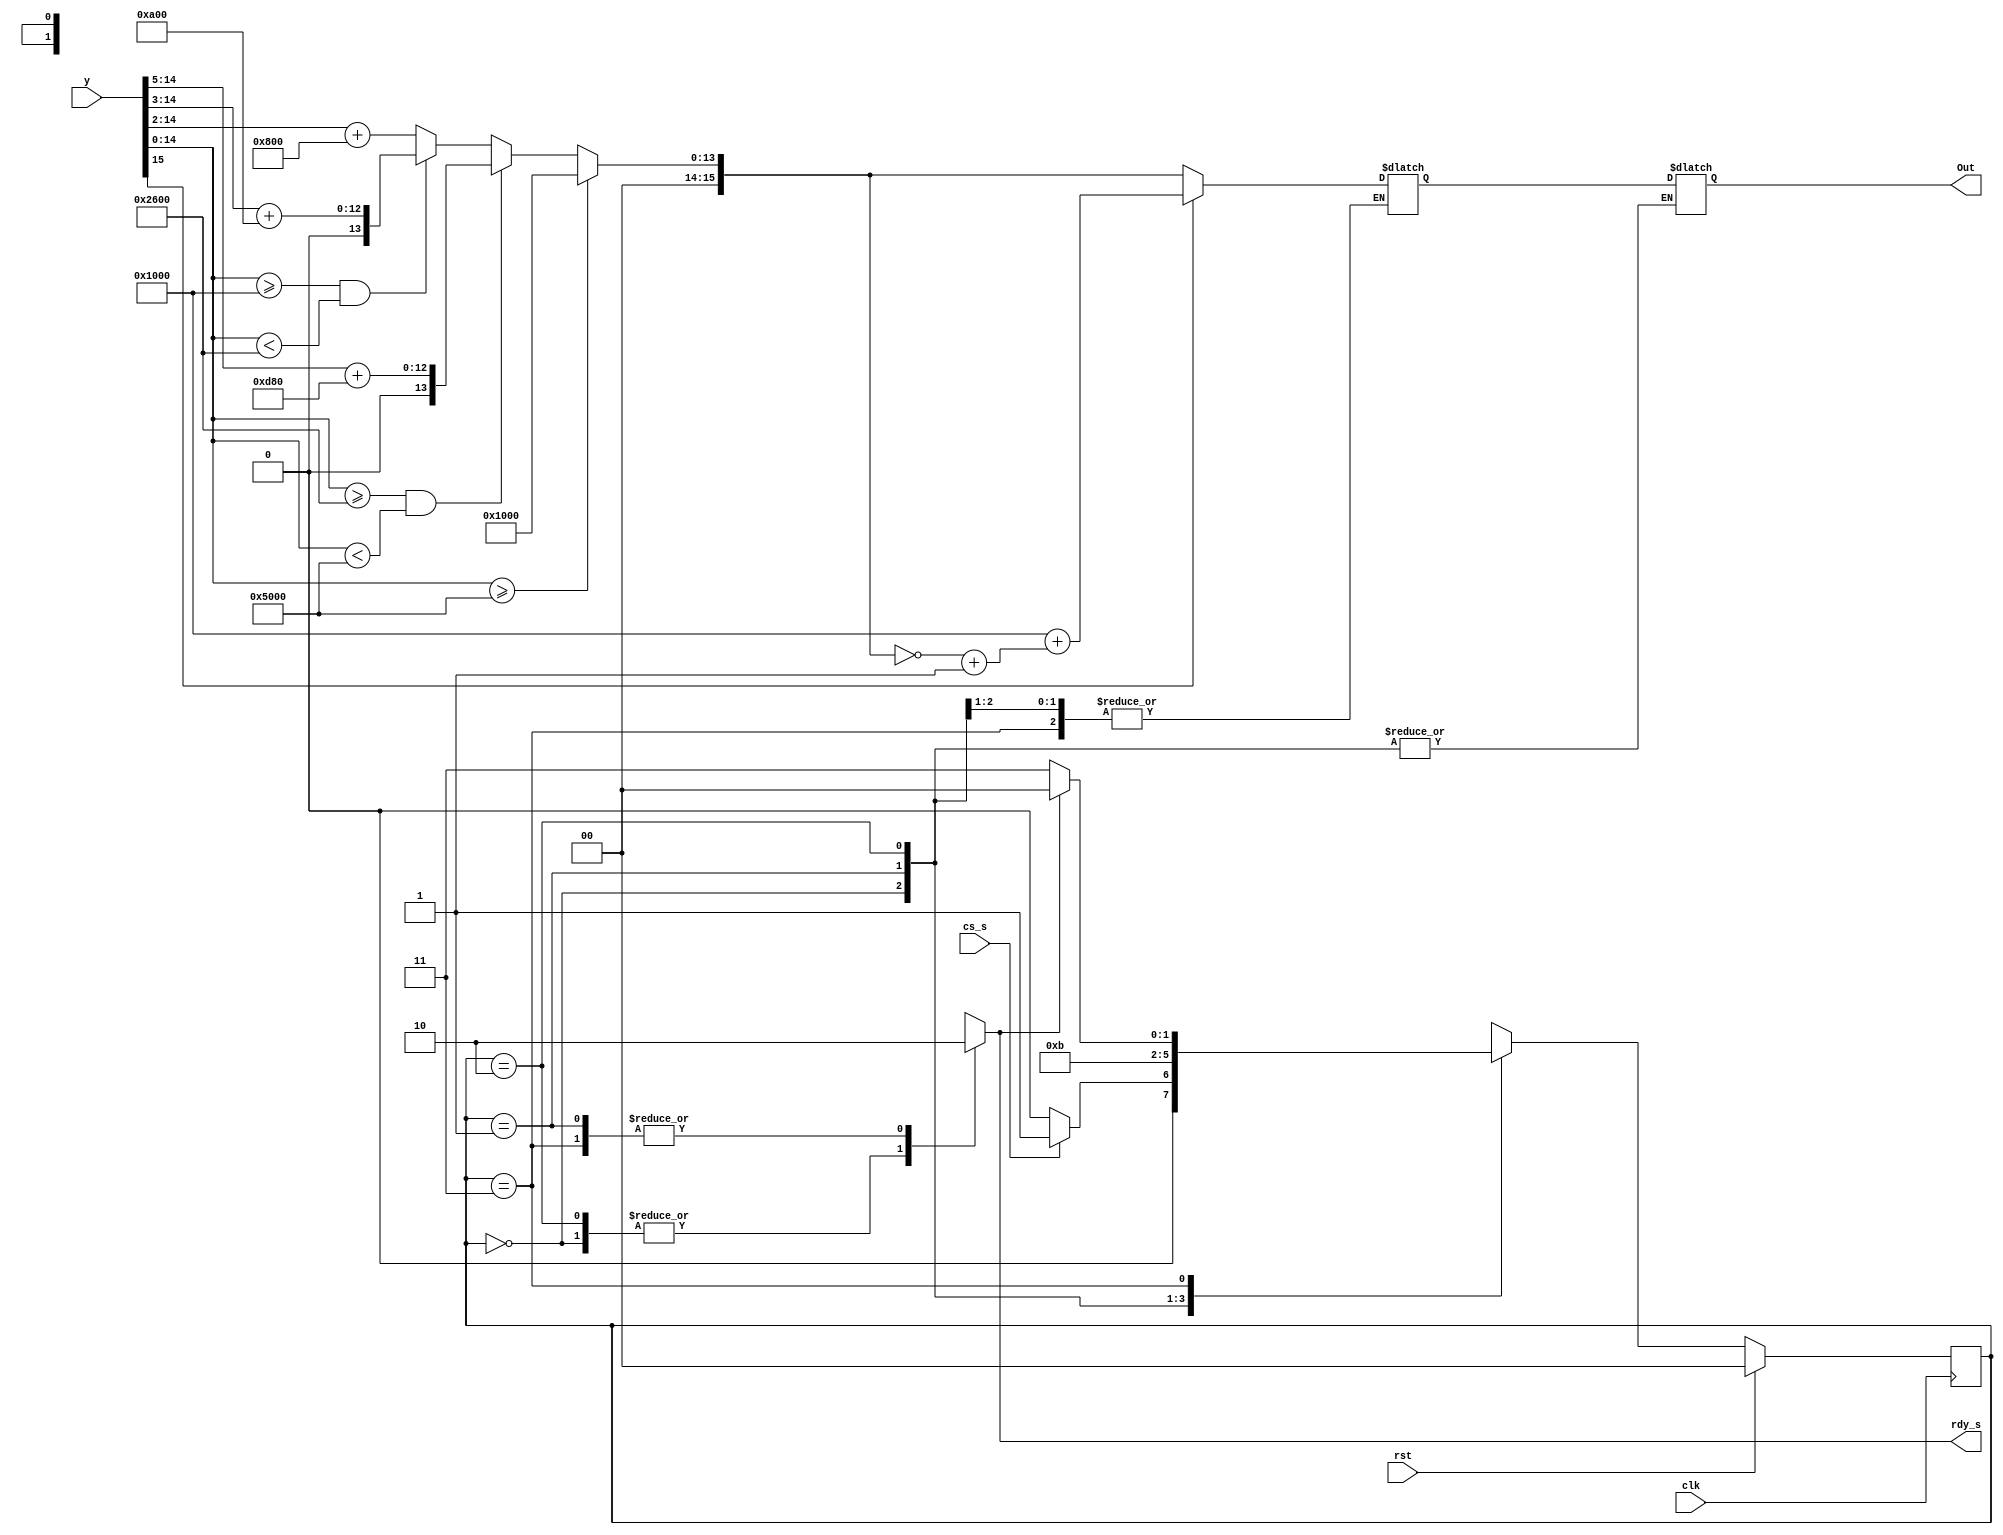
`timescale 1ns/100ps 
// Code your design here
module sigmoidfn(
  input clk,cs_s,rst,
  input [15:0] y,
  output reg [15:0] Out,
  output reg rdy_s 
);
  
  reg [1:0] state;
  reg [15:0] x,out,a,b,c;
  reg z=0;
  
always@(posedge clk)
    begin
      if(rst)
        state=0;
      else
        begin
          case(state)
            0:begin
              if(cs_s)
                    state=1;
                else 
                    state=0;
              end
            1:state=2;		//needs time to update
            2:state=3;
            3:begin
                if(rdy_s)
                  state=0;
                else
                  state=3;
              end
          endcase
        end
    end
  

always@(state)
begin
    case(state)
        0:rdy_s=1;
        1:rdy_s=0;
        2:begin
        	rdy_s=1;           
            a=16'd0;
            b=16'd0;
            c=16'd0;
            case(y[15])
              1:begin
                      z=1;
                      x={1'b0,y[14:0]};
              end
              0:begin
                      z=0;
                      x={y[15:0]}; 
              end
        	endcase

            if(x>=16'b0101000000000000)
             begin
                    out=16'b0001000000000000;
             end

            else if(x>=16'b0010011000000000 && x<16'b0101000000000000)
             begin
                    a=x>>5;
                    out=((a)+ (16'b0000110110000000));
             end

            else if(x>=16'b0001000000000000 && x<16'b0010011000000000)
             begin
                    b=x>>3;
                    out=(b) + 16'b0000101000000000;
             end

            else if(x>=16'b0 && x<16'b0010000000000000)
             begin
                    c=x>>2;
                    out=(c) + 16'b0000100000000000;
             end
            else
             begin
              		out=16'bx;
             end
          case(z)
            1:begin
                out=(~out)+1'b1;
                out=16'b0001000000000000+out;
                //Out=16'd1-out;
              end
            0:begin
                out=out;
              end
          endcase  
         end
         
      3:begin
          case(z)
            1:begin
                Out=out;
                //Out=16'd1-out;
              end
            0:begin
                Out=out;
              end
          endcase
        rdy_s=0;
      end
    endcase

end
endmodule